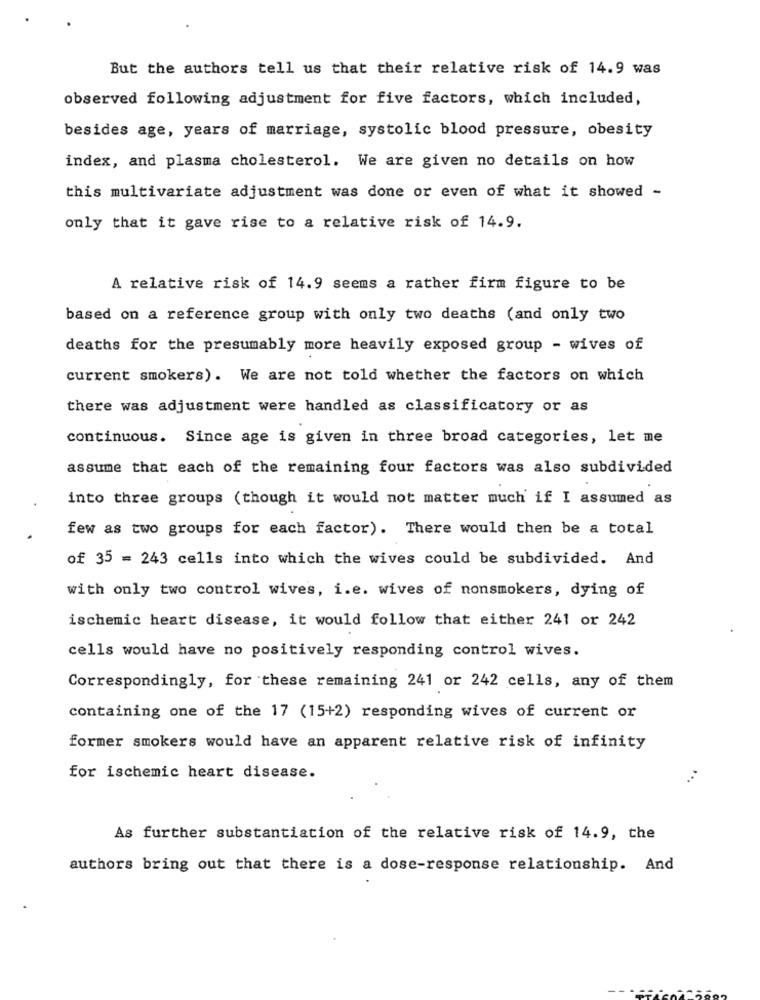
But the authors tell us that their relative risk of 14.9 was
observed following adjustment for five factors, which included,
besides age, years of marriage, systolic blood pressure, obesity
index, and plasma cholesterol. We are given no details on how
this multivariate adjustment was done or even of what it showed -
only that it gave rise to a relative risk of 14.9.
A relative risk of 14.9 seems a rather firm figure to be
based on a reference group with only two deaths (and only two
deaths for the presumably more heavily exposed group - wives of
current smokers). We are not told whether the factors on which
there was adjustment were handled as classificatory or as
continuous. Since age is given in three broad categories, let me
assume that each of the remaining four factors was also subdivided
into three groups (though it would not matter much if I assumed as
few as two groups for each factor). There would then be a total
of 35 = 243 cells into which the wives could be subdivided. And
with only two control wives, i.e. wives of nonsmokers, dying of
ischemic heart disease, it would follow that either 241 or 242
cells would have no positively responding control wives.
Correspondingly, for these remaining 241 or 242 cells, any of them
containing one of the 17 (15+2) responding wives of current or
former smokers would have an apparent relative risk of infinity
for ischemic heart disease.
As further substantiation of the relative risk of 14.9, the
authors bring out that there is a dose-response relationship. And